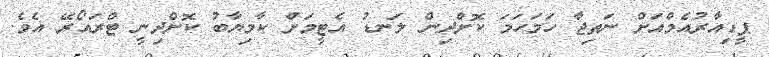
ޕީޑިއާރުއެމްއަށް ނަތިޖާ ހަމަހަމަ ކޮށްދިން ލަނޑު އެޓީމަށް ކާމިޔާބު ކޮށްދިނީ ޓްރައޯރޭ އެވެ.